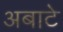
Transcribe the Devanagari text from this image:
अबाटे